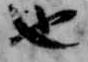
也